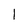
Character: l